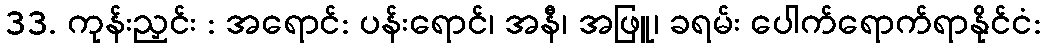
33. ကုန်းညှင်း : အရောင်: ပန်းရောင်၊ အနီ၊ အဖြူ၊ ခရမ်း ပေါက်ရောက်ရာနိုင်ငံ: